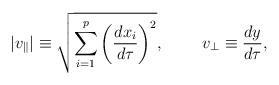
LaTeX: \begin{align*}|v_{\parallel}|\equiv\sqrt{\sum^p_{i=1}\left({{dx_i}\over{d\tau}}\right)^2},\ \ \ \ \ \ \ v_{\perp}\equiv{{dy}\over{d\tau}},\end{align*}